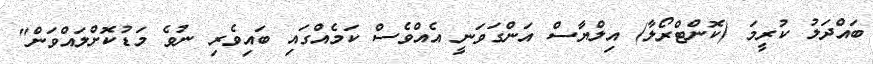
ބައްދަލު ކުރީމަ (ކޮންޓްރޯލާ) އިލްޔާސް އަންގަވަނީ އެއްވެސް ކަމެއްގައި ބައިވެރި ނުވެ މަޑުކޮށްލައްވަން"